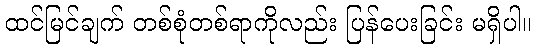
ထင်မြင်ချက် တစ်စုံတစ်ရာကိုလည်း ပြန်ပေးခြင်း မရှိပါ။